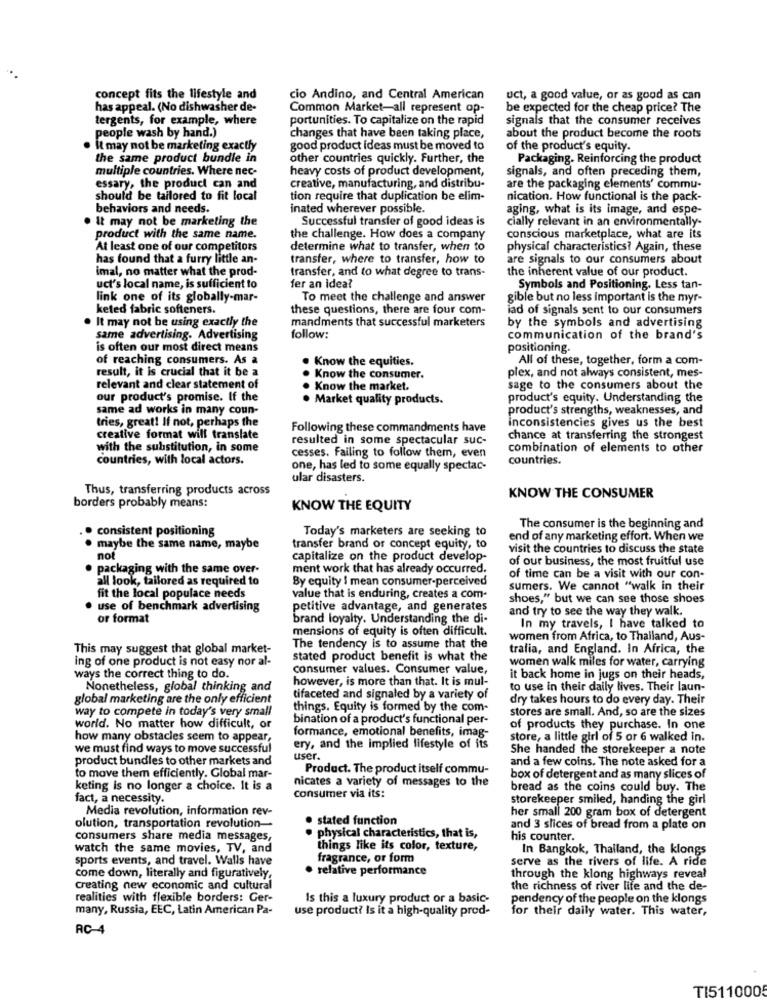
concept fits the lifestyle and
cio Andino, and Central American
uct, a good value, or as good as can
has appeal. (No dishwasher de-
Common Market-all represent op-
be expected for the cheap price? The
tergents, for example, where
portunities. To capitalize on the rapid
signals that the consumer receives
people wash by hand.)
changes that have been taking place,
about the product become the roots
it may not be marketing exactly
good product ideas must be moved to
of the product's equity.
the same product bundle in
other countries quickly. Further, the
Packaging. Reinforcing the product
multiple countries. Where nec-
heavy costs of product development,
signals, and often preceding them,
essary, the product can and
creative, manufacturing, and distribu-
are the packaging elements' commu-
should be tailored to fit local
tion require that duplication be elim-
nication. How functional is the pack-
behaviors and needs.
inated wherever possible.
aging, what is its image, and espe-
It may not be marketing the
Successful transfer of good ideas is
cially relevant in an environmentally-
product with the same name.
the challenge. How does a company
conscious marketplace, what are its
At least one of our competitors
determine what to transfer, when to
physical characteristics? Again, these
has found that a furry little an-
transfer, where to transfer, how to
are signals to our consumers about
imal, no matter what the prod-
transfer, and to what degree to trans-
the inherent value of our product.
uct's local name, is sufficient to
fer an idea?
Symbols and Positioning. Less tan-
link one of its globally-mar-
To meet the challenge and answer
gible but no less important is the myr-
keted fabric softeners.
these questions, there are four com-
iad of signals sent to our consumers
It may not be using exactly the
mandments that successful marketers
by the symbols and advertising
same advertising. Advertising
follow:
communication of the brand's
is often our most direct means
positioning.
of reaching consumers. As a
Know the equities.
All of these, together, form a com-
result, it is crucial that it be a
plex, and not always consistent, mes-
Know the consumer.
relevant and clear statement of
. Know the market.
sage to the consumers about the
our product's promise. If the
. Market quality products.
product's equity. Understanding the
same ad works in many coun-
product's strengths, weaknesses, and
tries, great! If not, perhaps the
inconsistencies gives us the best
Following these commandments have
creative format will translate
resulted in some spectacular suc-
chance at transferring the strongest
with the substitution, in some
combination of elements to other
countries, with local actors.
cesses. Failing to follow them, even
countries.
one, has led to some equally spectac-
ular disasters.
Thus, transferring products across
KNOW THE CONSUMER
borders probably means:
KNOW THE EQUITY
consistent positioning
Today's marketers are seeking to
The consumer is the beginning and
end of any marketing effort. When we
maybe the same name, maybe
transfer brand or concept equity, to
visit the countries to discuss the state
not
capitalize on the product develop-
of our business, the most fruitful use
packaging with the same over-
ment work that has already occurred.
all look, tailored as required to
By equity I mean consumer-perceived
of time can be a visit with our con.
sumers. We cannot "walk in their
fit the local populace needs
value that is enduring, creates a com-
shoes," but we can see those shoes
use of benchmark advertising
petitive advantage, and generates
and try to see the way they walk.
or format
brand loyalty. Understanding the di-
mensions of equity is often difficult.
In my travels, I have talked to
women from Africa, to Thailand, Aus-
This may suggest that global market-
The tendency is to assume that the
trafia, and England. In Africa, the
ing of one product is not easy nor al-
stated product benefit is what the
women walk miles for water, carrying
consumer values. Consumer value,
ways the correct thing to do.
however, is more than that. It is mul-
it back home in jugs on their heads,
Nonetheless, global thinking and
to use in their daily lives. Their laun-
global marketing are the only efficient
tifaceted and signaled by a variety of
dry takes hours to do every day. Their
way to compete in today's very small
things. Equity is formed by the com-
stores are small. And, so are the sizes
bination of a product's functional per-
world. No matter how difficult, or
formance, emotional benefits, imag-
of products they purchase. In one
how many obstacles seem to appear.
store, a little girl of 5 or 6 walked in.
we must find ways to move successful
ery, and the implied lifestyle of its
She handed the storekeeper a note
product bundles to other markets and
user.
and a few coins. The note asked for a
Product. The product itself commu-
to move them efficiently. Global mar-
nicates a variety of messages to the
box of detergent and as many slices of
keting is no longer a choice. It is a
bread as the coins could buy. The
fact, a necessity.
consumer via its:
storekeeper smiled, handing the girl
Media revolution, information rev-
her small 200 gram box of detergent
· stated function
olution, transportation revolution-
and 3 slices of bread from a plate on
consumers share media messages,
physical characteristics, that is,
his counter.
watch the same movies, TV, and
things like its color, texture,
In Bangkok, Thailand, the klongs
sports events, and travel. Walls have
fragrance, or form
serve as the rivers of life. A ride
· relative performance
come down, literally and figuratively
through the klong highways reveal
Creating new economic and cultural
the richness of river life and the de-
realities with flexible borders: Ger-
Is this a luxury product or a basic-
pendency of the people on the klongs
many, Russia, EEC, Latin American Pa-
use product? Is it a high-quality prod-
for their daily water. This water,
RC-4
TI511000